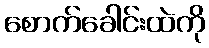
စောက်ခေါင်းထဲကို